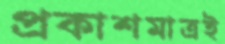
প্রকাশমাত্রই